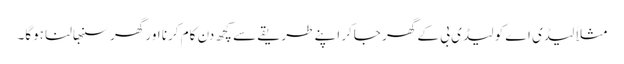
مثلاً لیڈی اے کو لیڈی بی کے گھر جاکر اپنے طریقے سے کچھ دن کام کرنا اور گھر سنبھالنا ہوگا۔